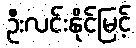
ဦးလင်းနိုင်မြင့်